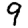
Digit: 9